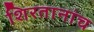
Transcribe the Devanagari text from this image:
शिरतानांच